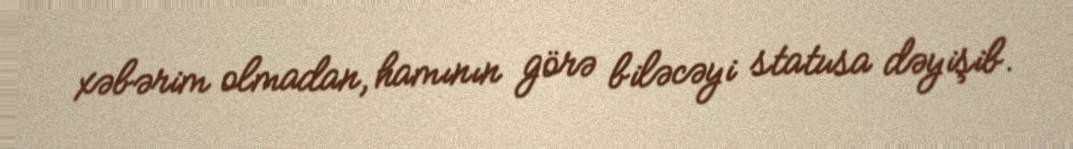
xəbərim olmadan, hamının görə biləcəyi statusa dəyişib.